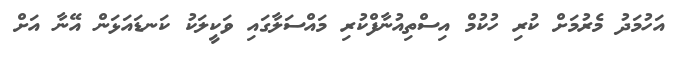
އަހުމަދު މެރުމަށް ކުރި ހުކުމް އިސްތިއުނާފްކުރި މައްސަލާގައި ވަކީލަކު ކަނޑައަޅަން އޭނާ އަށް